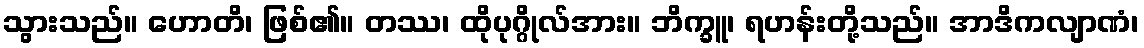
သွားသည်။ ဟောတိ၊ ဖြစ်၏။ တဿ၊ ထိုပုဂ္ဂိုလ်အား။ ဘိက္ခူ၊ ရဟန်းတို့သည်။ အာဒိကလျာဏံ၊